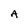
Character: A